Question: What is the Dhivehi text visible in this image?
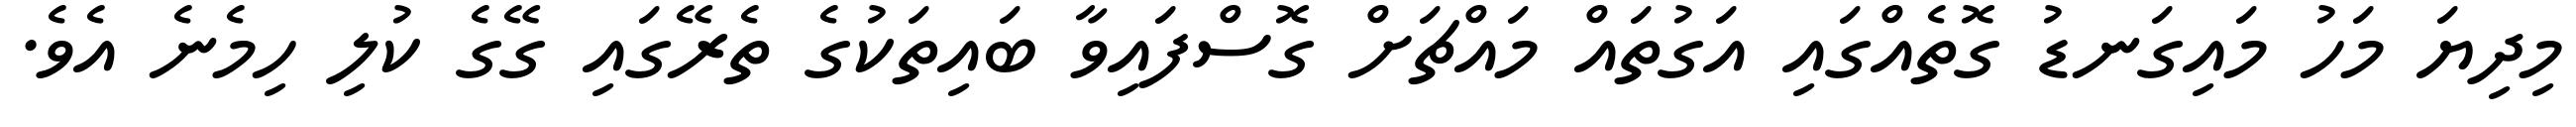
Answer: މިދިޔަ މަހު މައިގަނޑު ގޮތެއްގައި އަގުތައް މައްޗަށް ގޮސްފައިވާ ބައިތަކުގެ ތެރޭގައި ގޭގެ ކުލި ހިމެނެ އެވެ.